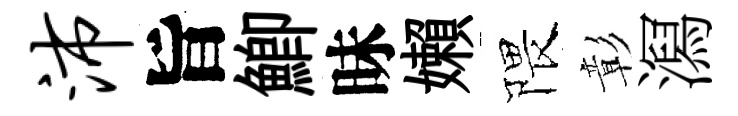
沛旨鯽昧嬾隈彰㵼